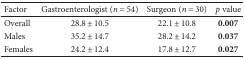
| Factor | Gastroenterologist (n = 54) | Surgeon (n = 30) | p value |
 | --- | --- | --- | --- |
 | Overall | 28.8 ± 10.5 | 22.1 ± 10.8 | 0.007 |
 | Males | 35.2 ± 14.7 | 28.2 ± 14.2 | 0.037 |
 | Females | 24.2 ± 12.4 | 17.8 ± 12.7 | 0.027 |